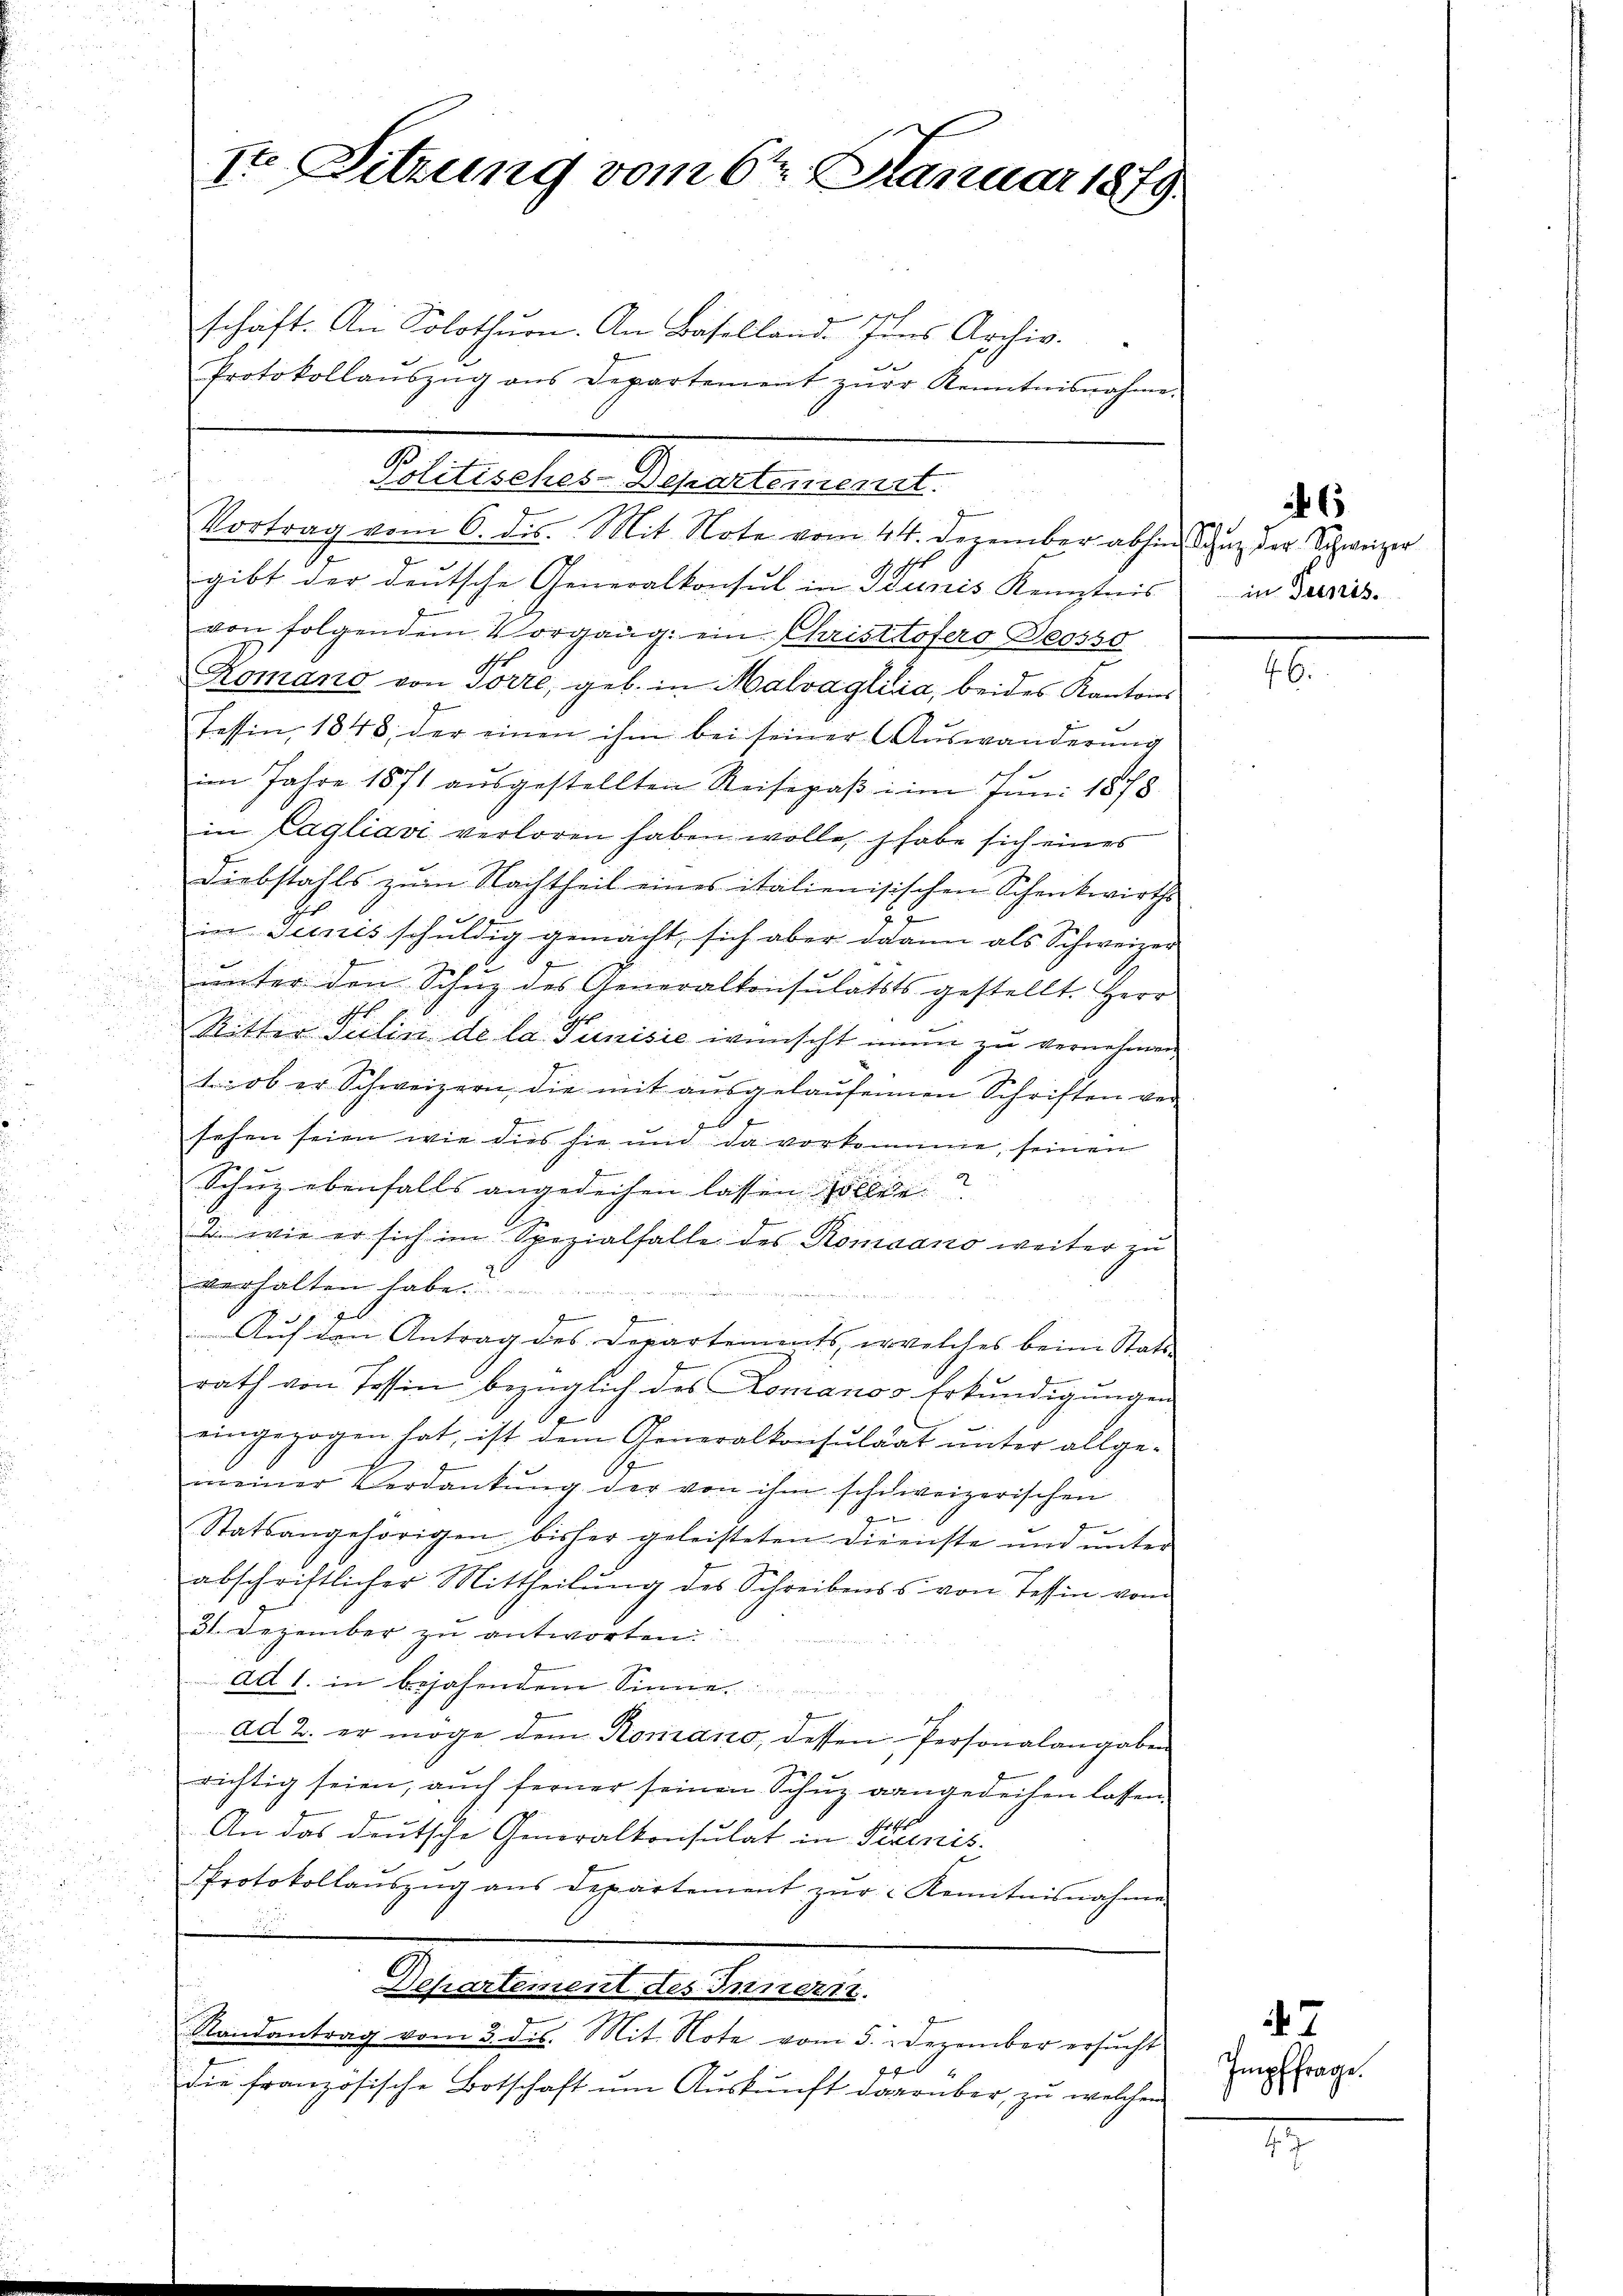
.

Ite Sitzung vom 6ten Januar 1879

7

schaft. An Solothurn. An Basellande Inns Archiv.
Protokollaŭszŭg ans Departement zŭr Kenntnisnahme.
Politisches-Departement
Vortrag vom 6. ds. Mit Note vom 44. Dezember abhin Sanz der Schweizer
gibt der deutsche Generalkonsul in Dunis Kemptnis
von folgendem Vorgang: ein Christtöfero Deosso
Komano von Torre, geb. in Malvaglia, beides Kantons
Tessin, 1848, der einen ihm bei seiner Auswanderŭng
im Jahre 1871 aŭsgestellten Reisepaβ im Juni 1878.
in Cagliavi verloren haben wolle, habe sich eines
Diebstahls zum Nachtheil eines italienisischen Schenkwirths
in Teinis schuldig gemacht, sich aber dann als Schweizer
ŭnter den Schuz des Generalkonsulatsts gestellt. Herr
A
s
Ritter Julin de la Junisie wünscht ein zu vernehmen
t: ob er Schweizern, die mit ausgelaufenen Schriften versehen seien wie dies sie und da vorkomme, seinen
.
Schuz ebenfalls angedeihen lassen sollen.
2. wie er sich im Spezialfalle des Romaano weiter zu
7
verhalten habe.
Auf den Antrag des Departements, welches beim Stattrath von Tessin bezüglich des Lomanos Erkundigungen
eingezogen hat, ist dem Generalkonsulaat unter allgemeiner Verdankŭng der von ihm schweizerischen
x
Statsangehörigen bisher geleisteten Direichte und unter
abschriftlicher Mittheilung des Schreibens von Tessin vom
31. Dezember zu antworten.
ad 1. in bejahendem Sinne
.
ad 2. er möge dem Romano, dessen Personalangaben
richtig seien, aŭch ferner seinen Schŭz gangedeihen lassen.
An das deutsche Generalkonsulat in Prenis-
Protokollaŭszŭg ans Departement zŭr Kenntnisnahme
Dehartement des Innern.
J
Randantrag vom 3. ds. Mit. Note vom 5. Dezember ersucht
f
die französische Botschaft um Auskunft darüber, zu welchem

6
in Decis

.

7
Impffrage.